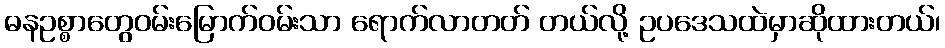
ဓနဥစ္စာတွေဝမ်းမြောက်ဝမ်းသာ ရောက်လာတတ် တယ်လို့ ဥပဒေသထဲမှာဆိုထားတယ်၊